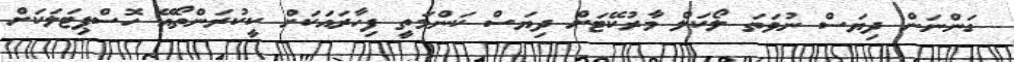
ގަންނަން ދިޔަސް ނުވަތަ ލޯކަލް މާރުކޭޓަށް ދިޔަސް ކަންމަތީ ފިހާރައަކަށް ކީކުރަންތޯއޭ ހޮސްޕިޓަލަކަށް